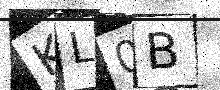
Text: KL0B